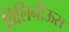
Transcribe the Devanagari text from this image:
विलिनीऊस